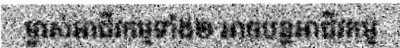
ម្ចាស់អាជីវកម្មទាំង២ អាចបន្តអាជីវកម្ម